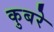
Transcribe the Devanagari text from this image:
कुबरे